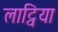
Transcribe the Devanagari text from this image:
लाट्विया